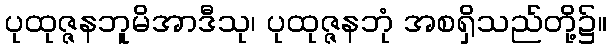
ပုထုဇ္ဇနဘူမိအာဒီသု၊ ပုထုဇ္ဇနဘုံ အစရှိသည်တို့၌။